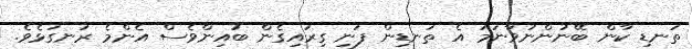
ތަނޑި ކާން ބޭނުންނުވާނަމަ އެ ތަނޑިން ފަނި ގިރައިގެން ބުއިންވެސް އެންމެ ރަނގަޅެވެ.